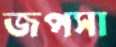
জপসা